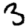
Digit: 3